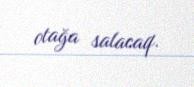
otağa salacaq.